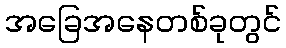
အခြေအနေတစ်ခုတွင်